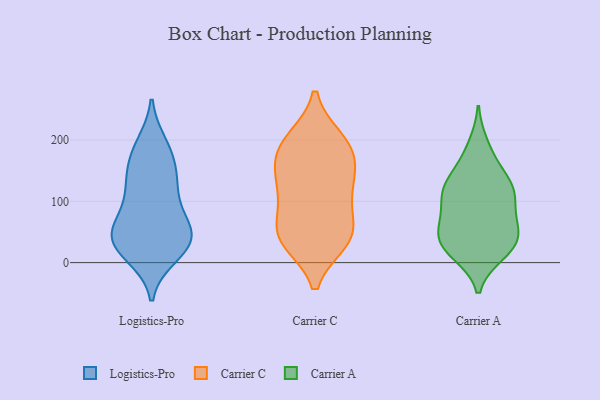
{"axis": {"x": "Energy Usage (MWh)", "y": "Value"}, "legend": ["Carrier A", "Carrier C", "Logistics-Pro"], "data": [{"x": "", "y": 44, "type": "Logistics-Pro"}, {"x": "", "y": 58, "type": "Logistics-Pro"}, {"x": "", "y": 16, "type": "Logistics-Pro"}, {"x": "", "y": 27, "type": "Logistics-Pro"}, {"x": "", "y": 193, "type": "Logistics-Pro"}, {"x": "", "y": 119, "type": "Logistics-Pro"}, {"x": "", "y": 38, "type": "Logistics-Pro"}, {"x": "", "y": 121, "type": "Logistics-Pro"}, {"x": "", "y": 69, "type": "Logistics-Pro"}, {"x": "", "y": 150, "type": "Logistics-Pro"}, {"x": "", "y": 42, "type": "Logistics-Pro"}, {"x": "", "y": 141, "type": "Logistics-Pro"}, {"x": "", "y": 189, "type": "Logistics-Pro"}, {"x": "", "y": 56, "type": "Logistics-Pro"}, {"x": "", "y": 32, "type": "Logistics-Pro"}, {"x": "", "y": 96, "type": "Logistics-Pro"}, {"x": "", "y": 170, "type": "Logistics-Pro"}, {"x": "", "y": 11, "type": "Logistics-Pro"}, {"x": "", "y": 154, "type": "Carrier C"}, {"x": "", "y": 147, "type": "Carrier C"}, {"x": "", "y": 178, "type": "Carrier C"}, {"x": "", "y": 45, "type": "Carrier C"}, {"x": "", "y": 119, "type": "Carrier C"}, {"x": "", "y": 112, "type": "Carrier C"}, {"x": "", "y": 36, "type": "Carrier C"}, {"x": "", "y": 43, "type": "Carrier C"}, {"x": "", "y": 200, "type": "Carrier C"}, {"x": "", "y": 100, "type": "Carrier C"}, {"x": "", "y": 42, "type": "Carrier C"}, {"x": "", "y": 185, "type": "Carrier C"}, {"x": "", "y": 49, "type": "Carrier C"}, {"x": "", "y": 199, "type": "Carrier C"}, {"x": "", "y": 191, "type": "Carrier A"}, {"x": "", "y": 49, "type": "Carrier A"}, {"x": "", "y": 74, "type": "Carrier A"}, {"x": "", "y": 69, "type": "Carrier A"}, {"x": "", "y": 15, "type": "Carrier A"}, {"x": "", "y": 108, "type": "Carrier A"}, {"x": "", "y": 118, "type": "Carrier A"}, {"x": "", "y": 27, "type": "Carrier A"}, {"x": "", "y": 41, "type": "Carrier A"}, {"x": "", "y": 28, "type": "Carrier A"}, {"x": "", "y": 129, "type": "Carrier A"}, {"x": "", "y": 123, "type": "Carrier A"}, {"x": "", "y": 19, "type": "Carrier A"}, {"x": "", "y": 102, "type": "Carrier A"}, {"x": "", "y": 130, "type": "Carrier A"}, {"x": "", "y": 52, "type": "Carrier A"}, {"x": "", "y": 167, "type": "Carrier A"}]}